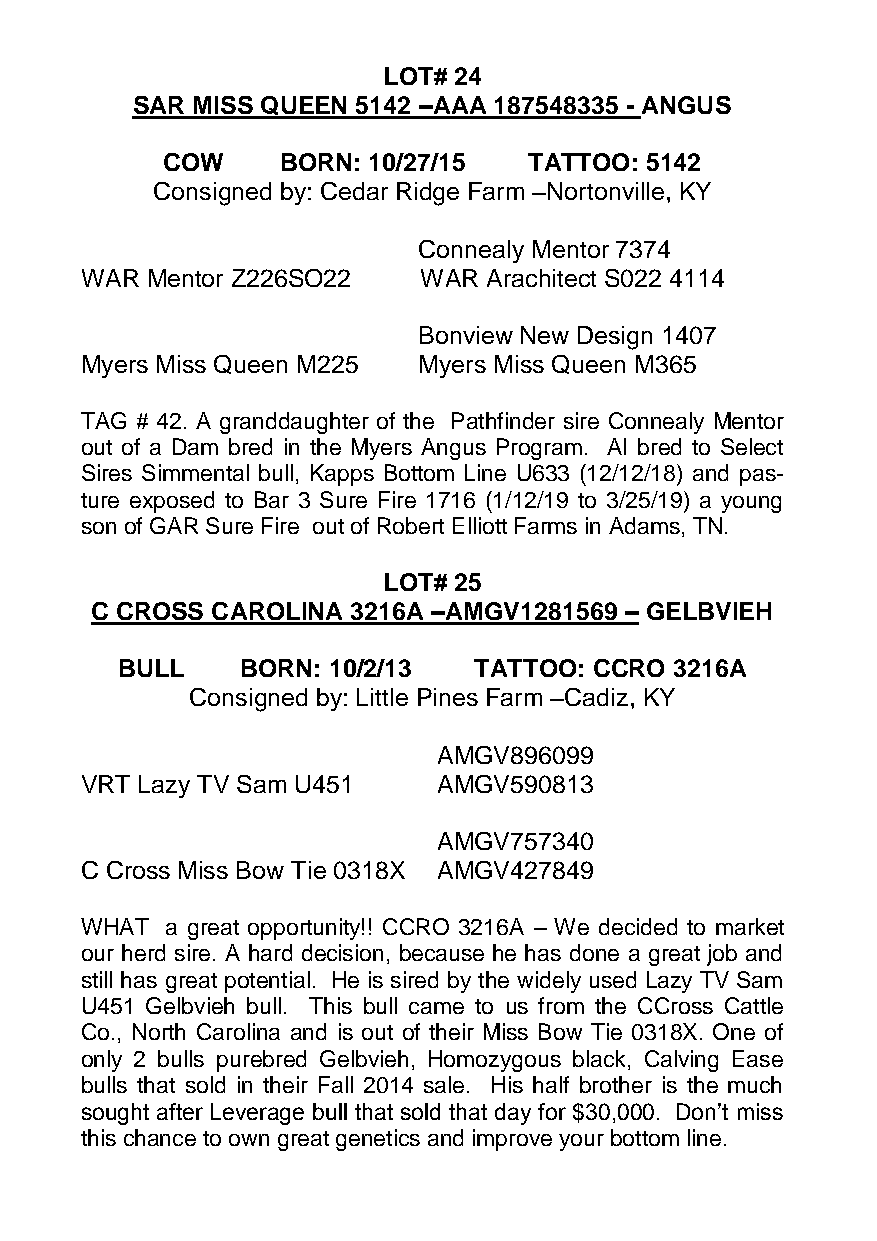
LOT# 24
 SAR MISS QUEEN 5142 –AAA 187548335 - ANGUS
 COW     BORN: 10/27/15  TATTOO: 5142
 Consigned by: Cedar Ridge Farm –Nortonville, KY
 Connealy Mentor 7374
 WAR  Mentor Z226SO22   WAR Arachitect S022 4114
 Bonview New Design 1407
 Myers Miss Queen M225  Myers Miss Queen M365
 TAG # 42. A granddaughter of the Pathfinder sire Connealy Mentor
 out of a Dam bred in the Myers Angus Program. AI bred to Select
 Sires Simmental bull, Kapps Bottom Line U633 (12/12/18) and pas-
 ture exposed to Bar 3 Sure Fire 1716 (1/12/19 to 3/25/19) a young
 son of GAR Sure Fire out of Robert Elliott Farms in Adams, TN.
 LOT# 25
 C CROSS CAROLINA 3216A –AMGV1281569 – GELBVIEH
 BULL    BORN: 10/2/13  TATTOO: CCRO  3216A
 Consigned by: Little Pines Farm –Cadiz, KY
 AMGV896099
 VRT Lazy TV Sam U451    AMGV590813
 AMGV757340
 C Cross Miss Bow Tie 0318X AMGV427849
 WHAT  a great opportunity!! CCRO 3216A – We decided to market
 our herd sire. A hard decision, because he has done a great job and
 still has great potential. He is sired by the widely used Lazy TV Sam
 U451 Gelbvieh bull. This bull came to us from the CCross Cattle
 Co., North Carolina and is out of their Miss Bow Tie 0318X. One of
 only 2 bulls purebred Gelbvieh, Homozygous black, Calving Ease
 bulls that sold in their Fall 2014 sale. His half brother is the much
 sought after Leverage bull that sold that day for $30,000. Don’t miss
 this chance to own great genetics and improve your bottom line.